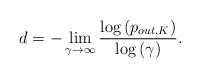
LaTeX: \begin{align*}d = -\mathop {\lim }\limits_{\gamma \to \infty } \frac{{\log \left( {{ p_{out,K}}} \right)}}{{\log \left( \gamma \right)}}.\end{align*}